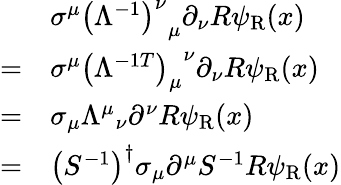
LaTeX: {\begin{array}{rl}&{\sigma^{\mu}{\left(\Lambda^{-1}\right)^{\nu}}_{\mu}\partial_{\nu}R\psi_{\mathrm{{R}}}(x)}\\ {=}&{\sigma^{\mu}{\left(\Lambda^{-1T}\right)_{\mu}}^{\nu}\partial_{\nu}R\psi_{\mathrm{{R}}}(x)}\\ {=}&{\sigma_{\mu}{\Lambda^{\mu}}_{\nu}\partial^{\nu}R\psi_{\mathrm{{R}}}(x)}\\ {=}&{\left(S^{-1}\right)^{\dagger}\sigma_{\mu}\partial^{\mu}S^{-1}R\psi_{\mathrm{{R}}}(x)}\end{array}}